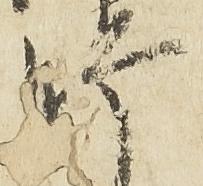
師